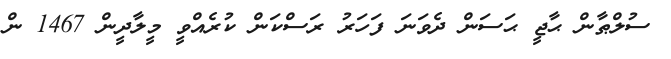
ސުލްޠާން ޙާޖީ ޙަސަން ދެވަނަ ފަހަރު ރަސްކަން ކުރެއްވީ މީލާދީން 1467 ން